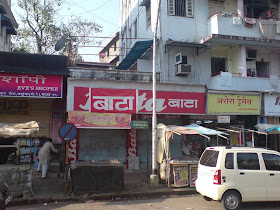
Language: marathi
Transcription: बाटा बाटा अरोरा